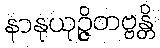
နာနုယုဉ္ဇိတဗ္ဗန္တိ